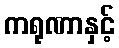
ကရုဏာနှင့်